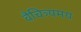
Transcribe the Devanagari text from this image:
वैचित्र्यमय